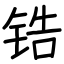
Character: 锆